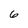
Character: 6